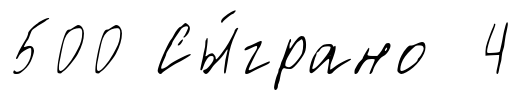
500 Сы́грано 4